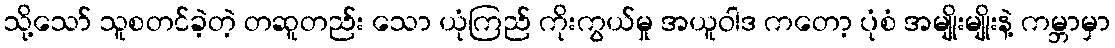
သို့သော် သူစတင်ခဲ့တဲ့ တဆူတည်း သော ယုံကြည် ကိုးကွယ်မှု အယူဝါဒ ကတော့ ပုံစံ အမျိုးမျိုးနဲ့ ကမ္ဘာမှာ